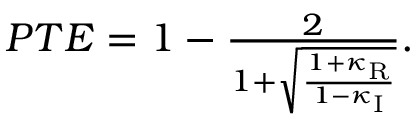
\begin{array} { r } { P T E = 1 - \frac { 2 } { 1 + \sqrt { \frac { 1 + \kappa _ { \mathrm { R } } } { 1 - \kappa _ { \mathrm { I } } } } } . } \end{array}